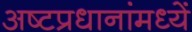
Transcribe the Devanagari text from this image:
अष्टप्रधानांमध्यें